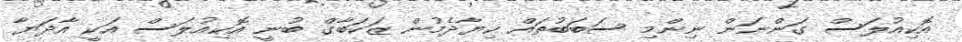
އޮކިއުލަސް ގަންނަން ނިންމި ސަބަބުތައް ކިޔާދެމުން ޒަކަބާގް ބުނީ އޮކިއުލަސް އަކީ އާދަޔާ